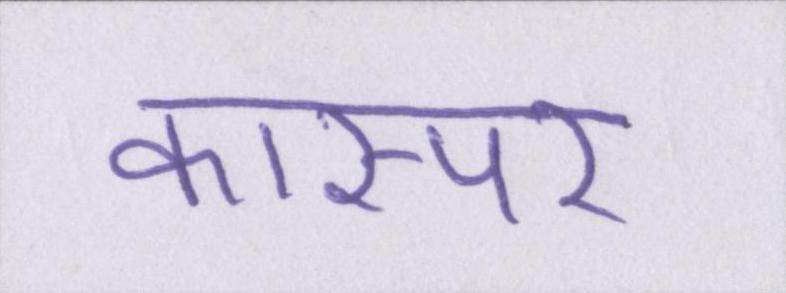
कास्पर